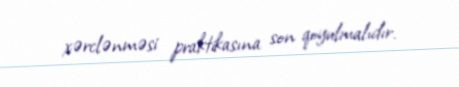
xərclənməsi praktikasına son qoyulmalıdır.